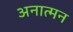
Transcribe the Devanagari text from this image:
अनात्मन